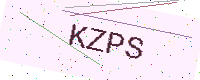
Text: KZPS